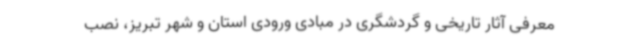
معرفی آثار تاریخی و گردشگری در مبادی ورودی استان و شهر تبریز، نصب